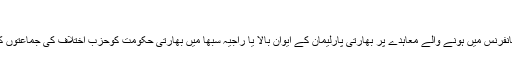
(31.12.2009)
ماحولیاتی تبدیلیوں پرکوپن ہیگن کانفرنس میں ہونے والے معاہدے پر بھارتی پارلیمان کے ایوان بالا یا راجیہ سبھا میں بھارتی حکومت کوحزب اختلاف کی جماعتوں کے شدید حملوں کا سامنا کرنا پڑا۔